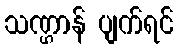
သဏ္ဌာန် ပျက်ရင်